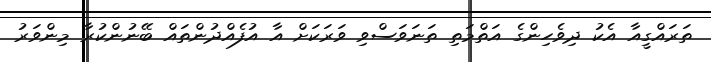
ތަރައްގީއާ އެކު ދިވެހިންގެ އަތްމަތި ތަނަވަސްވި ވަރަކަށް އާ އުފެއްދުންތައް ބޭނުންކުރާ މިންވަރު